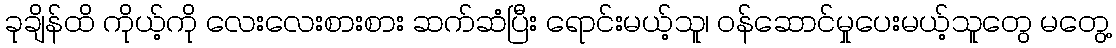
ခုချိန်ထိ ကိုယ့်ကို လေးလေးစားစား ဆက်ဆံပြီး ရောင်းမယ့်သူ၊ ဝန်ဆောင်မှုပေးမယ့်သူတွေ မတွေ့